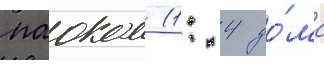
паоком (1: 4 до́ма